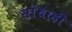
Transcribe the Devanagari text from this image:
सांधाही